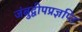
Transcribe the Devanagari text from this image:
जंबुद्वीपप्रज्ञप्ति